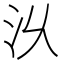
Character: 𣲄